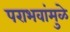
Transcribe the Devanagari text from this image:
पराभवांमुळे